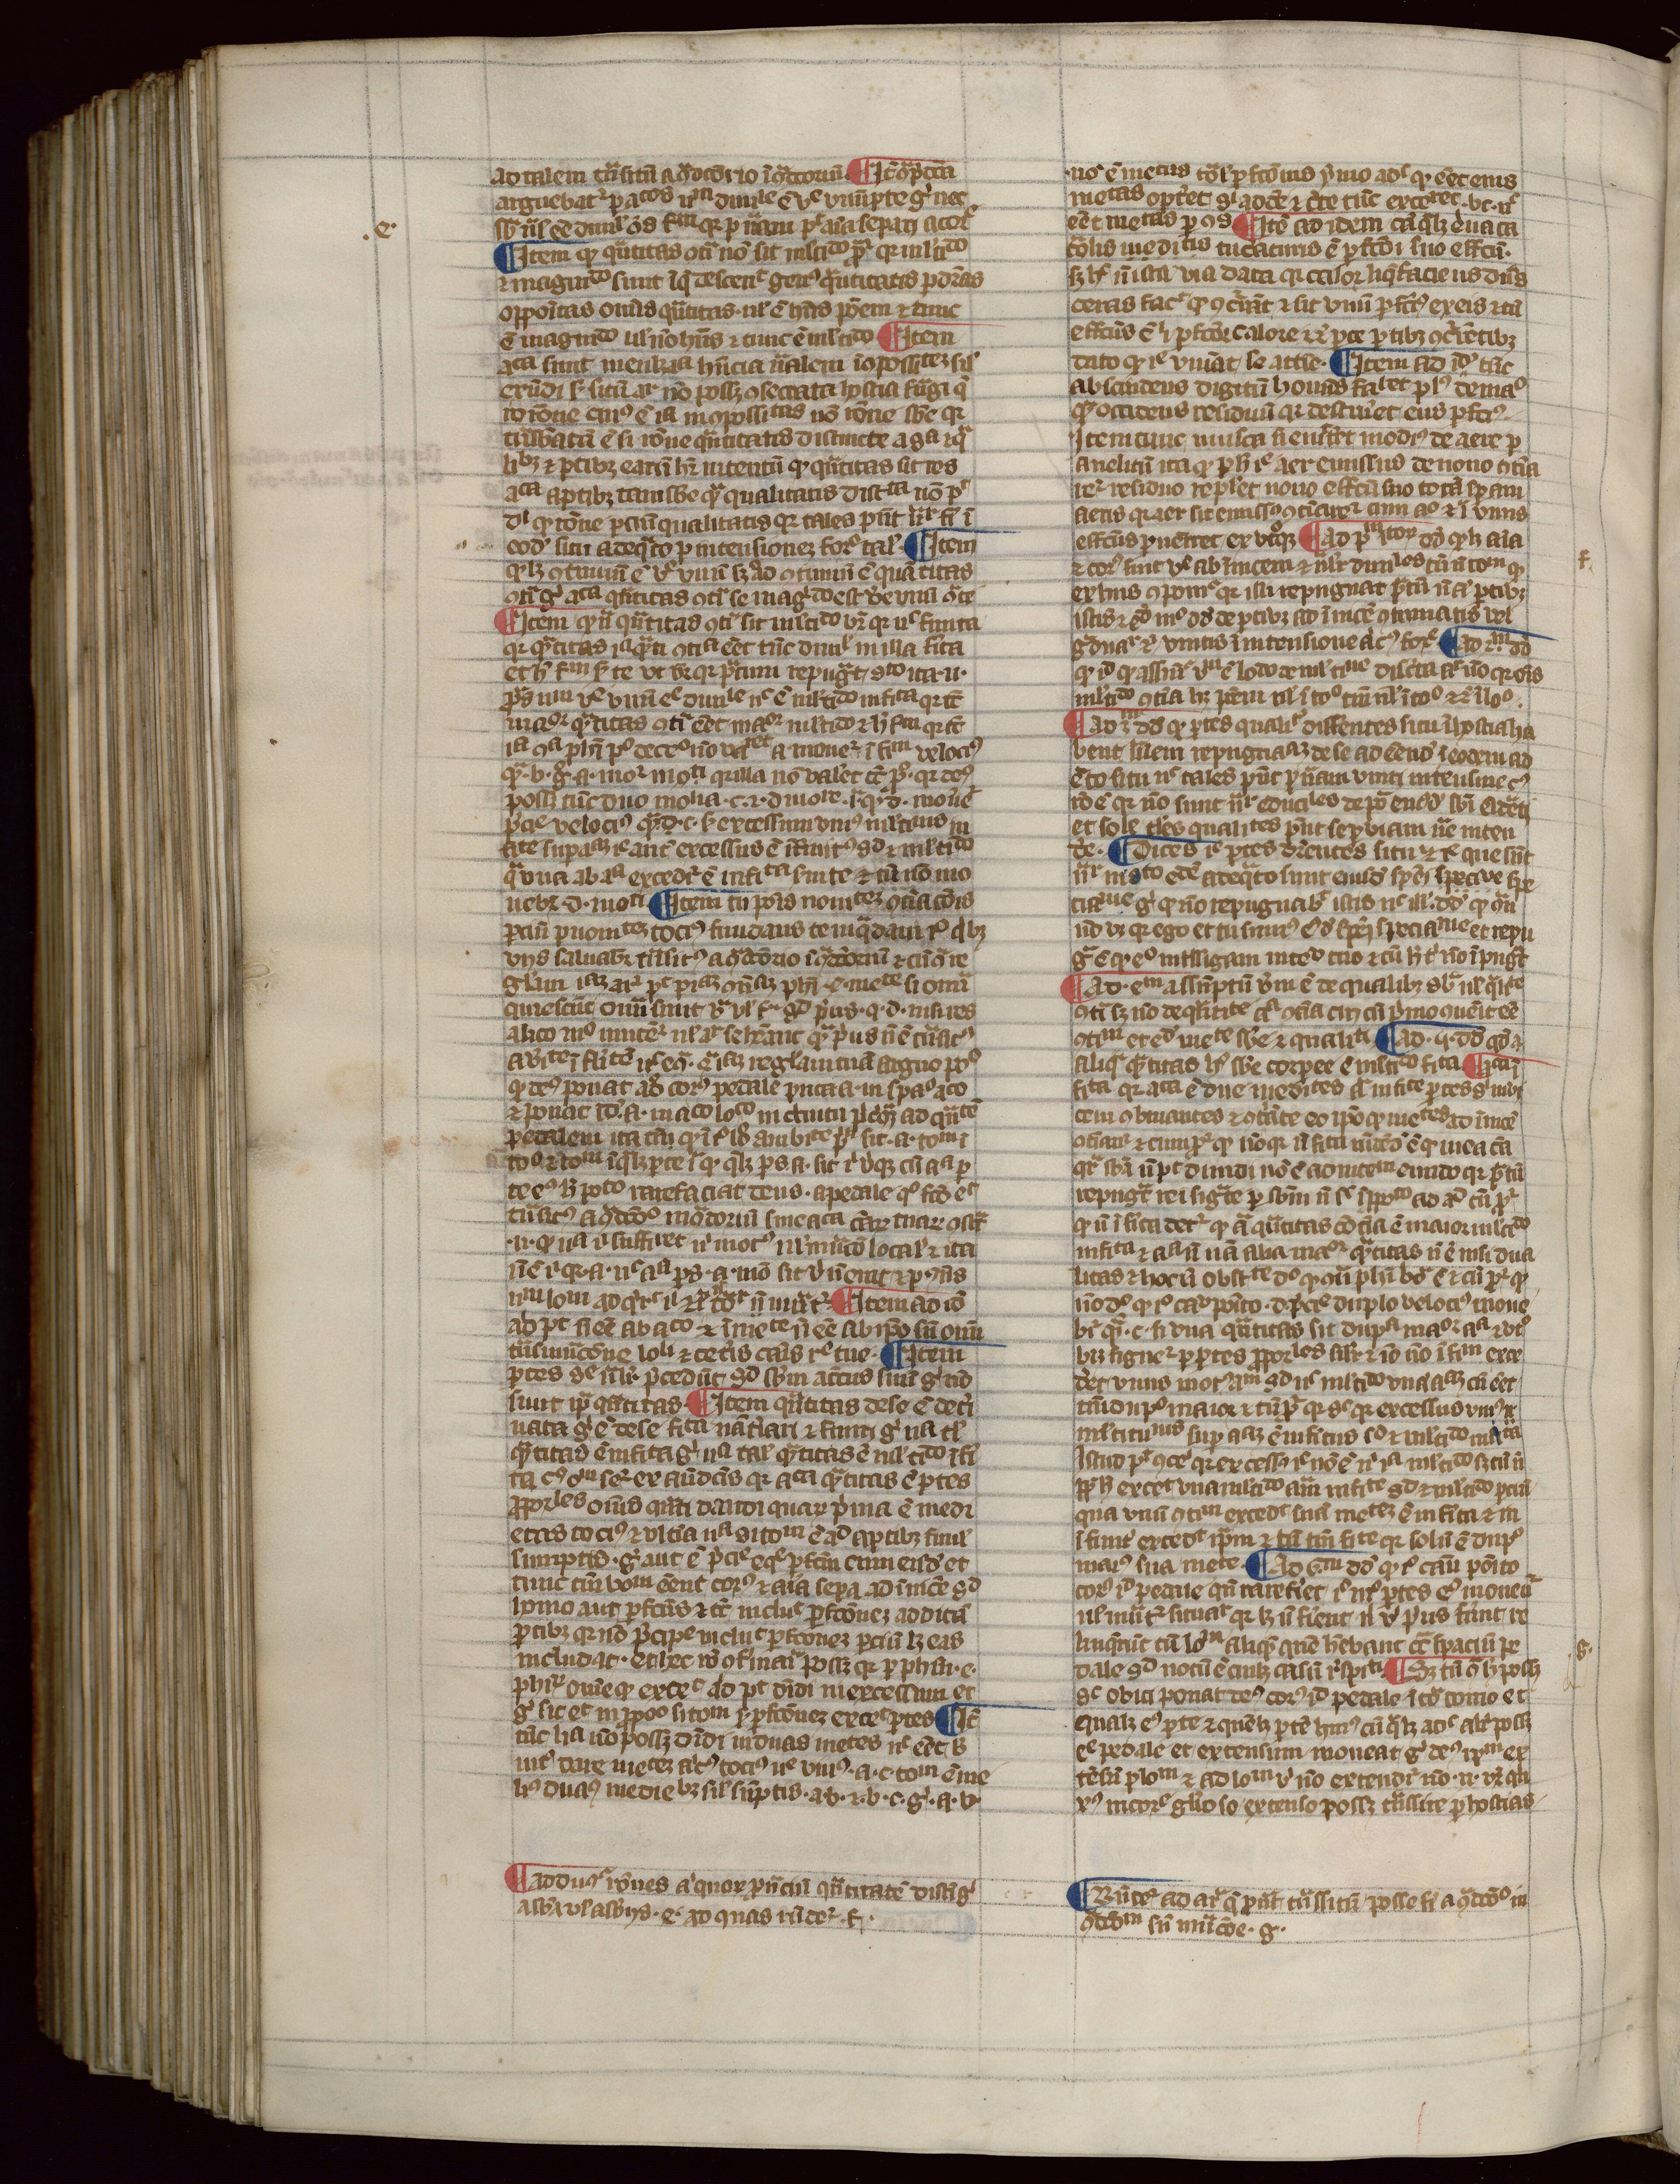
Shelfmark: Paris, Mazarine, ms. 915
Century: 14